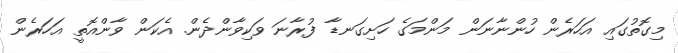
މިގޮތުގައި އަހަރެން ހުންނާނަން މަންމަގެ ހަށިގަނޑާ ފުރާނަ ވަކިވާންދެން. އެކަން ވާންއޮތީ އަހަރެން